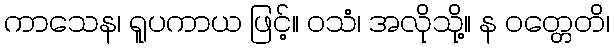
ကာသေန၊ ရူပကာယ ဖြင့်။ ဝသံ၊ အလိုသို့။ န ဝတ္တေတိ၊